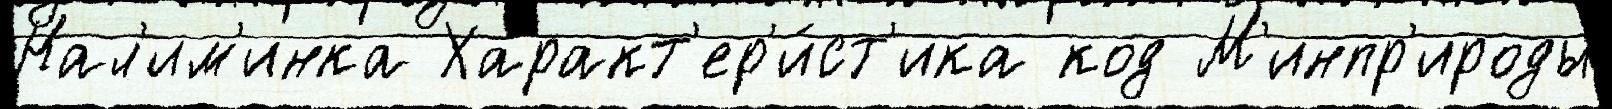
Нал'им'инка Характ'ер'и́ст'ика код М'инпр'ироды